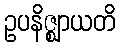
ဥပနိဇ္ဈာယတိ